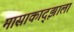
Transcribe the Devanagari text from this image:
मासाकाद्झाला